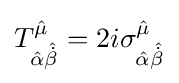
T_{{\hat {\alpha }}{\hat {\dot {\beta }}}}^{\hat {\mu }}=2i\sigma _{{\hat {\alpha }}{\hat {\dot {\beta }}}}^{\hat {\mu }}